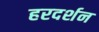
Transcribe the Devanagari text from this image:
हरदर्शन